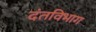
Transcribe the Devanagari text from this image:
दंतविभाग